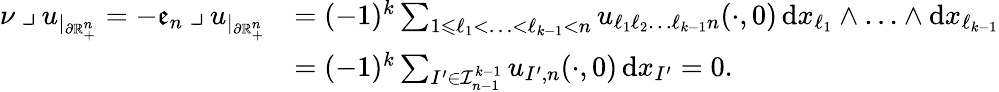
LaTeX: \begin{array}{rl}{\nu\mathbin{\lrcorner}u_{|_{\partial\mathbb{R}_{+}^{n}}}=-\mathfrak{e}_{n}\mathbin{\lrcorner}u_{|_{\partial\mathbb{R}_{+}^{n}}}}&{=(-1)^{k}\sum_{1\leqslant\ell_{1}<\ldots<\ell_{k-1}<n}u_{\ell_{1}\ell_{2}\ldots\ell_{k-1}n}(\cdot,0)\, \mathrm{d}x_{\ell_{1}}\wedge\ldots\wedge\mathrm{d}x_{\ell_{k-1}}}\\ &{=(-1)^{k}\sum_{I^{\prime}\in\mathcal{I}_{n-1}^{k-1}}u_{I^{\prime},n}(\cdot,0)\, \mathrm{d}x_{I^{\prime}}=0\mathrm{.~}}\end{array}